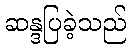
ဆန္ဒပြခဲ့သည်